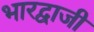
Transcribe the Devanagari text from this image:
भारद्वाजी